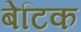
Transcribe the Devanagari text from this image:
बेटिक